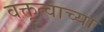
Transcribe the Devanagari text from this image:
वक्तृत्वाच्या